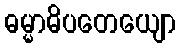
ဓမ္မာဓိပတေယျော